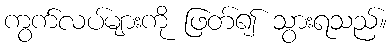
ကွက်လပ်များကို ဖြတ်၍ သွားရသည်။